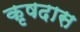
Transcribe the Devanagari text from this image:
कृषदास